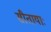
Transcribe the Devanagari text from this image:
सीतायाः